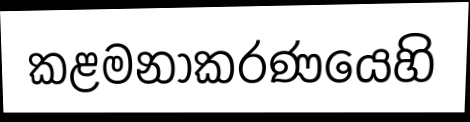
කළමනාකරණයෙහි